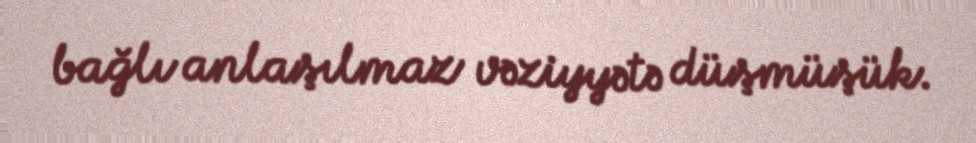
bağlı anlaşılmaz vəziyyətə düşmüşük.